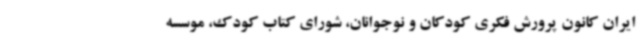
ایران کانون پرورش فکری کودکان و نوجوانان، شورای کتاب کودک، موسسه